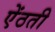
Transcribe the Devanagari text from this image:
ऐंठती